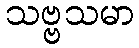
သဗ္ဗသမာ